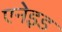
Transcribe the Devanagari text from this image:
एनेइड